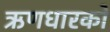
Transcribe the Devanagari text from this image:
ऋणधारकों